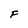
Character: F